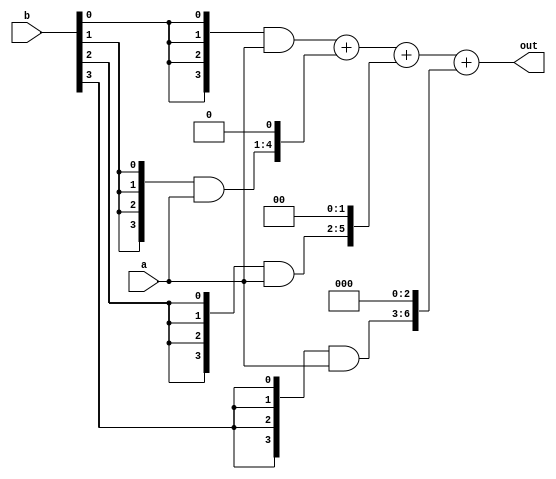
`timescale 1ns / 1ps
//////////////////////////////////////////////////////////////////////////////////
// Company: 
// Engineer: 
// 
// Design Name: 
// Module Name: Multiplier_4bit
// Project Name: 
// Target Devices: 
// Tool Versions: 
// Description: 
// 
// Dependencies: 
// 
// Revision:
// Revision 0.01 - File Created
// Additional Comments:
// 
//////////////////////////////////////////////////////////////////////////////////


module Multiplier_4bit(out,a,b);
input [3:0]a,b;
output [7:0]out;
wire [3:0]k1;   wire [7:0]s1,s2;
wire [4:0]k2;  
wire [5:0]k3;   
wire [6:0]k4;
assign k1 = {4{b[0]}} & a[3:0];
assign k2 = {4{b[1]}} & a[3:0];
assign k3 = {4{b[2]}} & a[3:0];
assign k4 = {4{b[3]}} & a[3:0];
assign s1 = k1 + (k2<<1);
assign s2 = s1 + (k3<<2);
assign out = s2 + (k4<<3);
endmodule